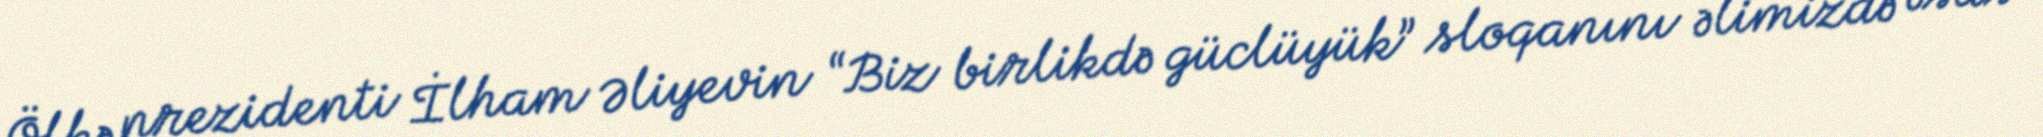
Ölkə prezidenti İlham Əliyevin “Biz birlikdə güclüyük” sloqanını əlimizdə əsas